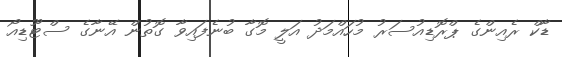
ޑާކް ރެއިންގެ ޕްރޮޑިއުސަރު މުހައްމަދު އަލީ މޮގާ ބުނެފައިވާ ގޮތުން އޭނާގެ ސްޓޫޑިއޯ